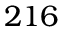
2 1 6